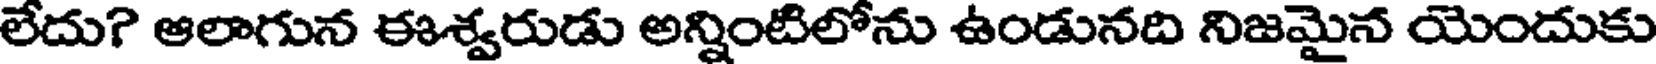
లేదు? ఆలాగున ఈశ్వరుడు అన్నింటిలోను ఉండునది నిజమైన యెందుకు